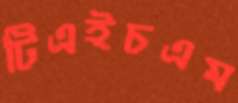
টিএইচএম